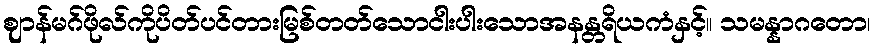
ဈာန်မဂ်ဖိုလ်ကိုပိတ်ပင်တားမြစ်တတ်သောငါးပါးသောအနန္တရိယကံနှင့်။ သမန္နာဂတော၊